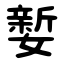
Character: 㜪